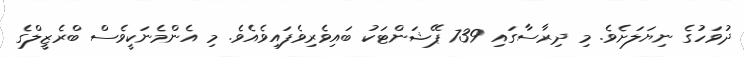
ދުވަހުގެ ނިޔަލަށެވެ. މި ދިރާސާގައި 739 ޕޭޝަންޓަކު ބައިވެރިވެފައިވެއެވެ. މި އެންމެނަކީވެސް ބްރެޒީލްގެ